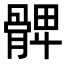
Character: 𩩙